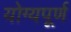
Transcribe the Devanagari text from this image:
योग्यपूर्ण